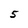
Character: 5